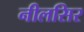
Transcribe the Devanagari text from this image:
नीलसिर